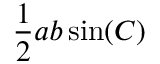
{ \frac { 1 } { 2 } } a b \sin ( C )